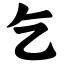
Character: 乞